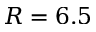
R = 6 . 5